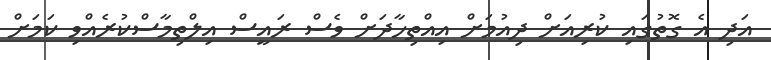
އަދި އެ ގޮތުގައި ކުރިއަށް ދިއުމަށް އިއްތިހާދަށް ވެސް ރައީސް އިލްތިމާސްކުރެއްވި ކަމަށް